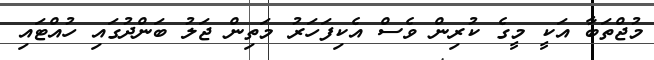
މުޖްތަބާ އަކީ މީގެ ކުރިން ވެސް އެކިފަހަރު މަތިން ޖަލު ބަންދުގައި ހުއްޓައި